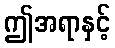
ဤအရာနှင့်